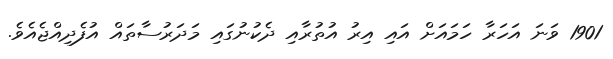
1901 ވަނަ އަހަރާ ހަމައަށް އައި އިރު އުތުރާއި ދެކުނުގައި މަދަރުސާތައް އުފެދިއްޖެއެވެ.